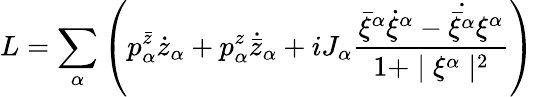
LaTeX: L=\sum_{\alpha}\left(p_{\alpha}^{\bar{z}}\dot{z}_{\alpha}+p_{\alpha}^{z}\dot{{\bar{z}}}_{\alpha}+iJ_{\alpha}\frac{{\bar{\xi}}^{\alpha}\dot{\xi}^{\alpha}-\dot{\bar{\xi}^{\alpha}}\xi^{\alpha}}{1+\mid\xi^{\alpha}\mid^{2}}\right)